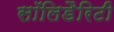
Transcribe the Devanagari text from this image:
सॉलिडैरिटी